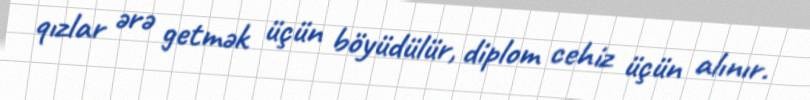
qızlar ərə getmək üçün böyüdülür, diplom cehiz üçün alınır.